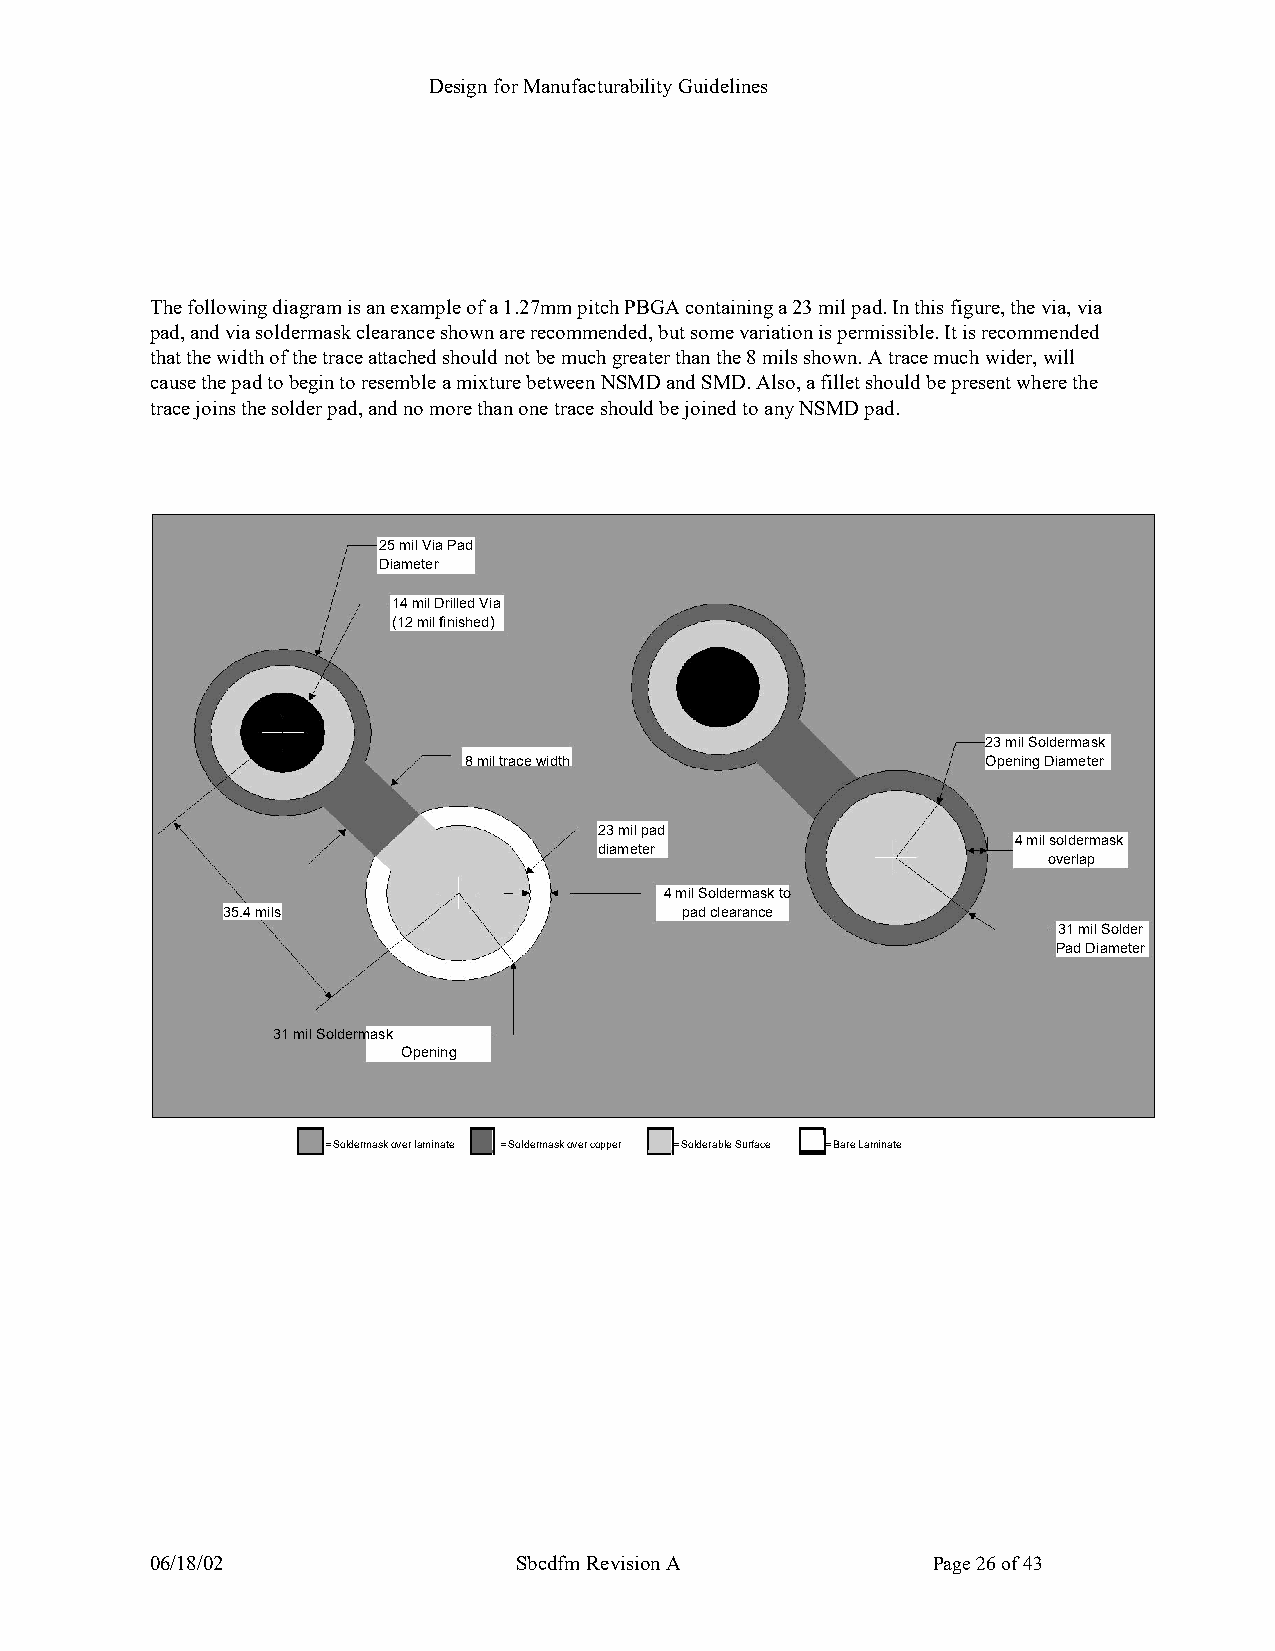
Design for Manufacturability Guidelines
 The following diagram is an example of a 1.27mm pitch PBGA containing a 23 mil pad. In this figure, the via, via
 pad, and via soldermask clearance shown are recommended, but some variation is permissible. It is recommended
 that the width of the trace attached should not be much greater than the 8 mils shown. A trace much wider, will
 cause the pad to begin to resemble a mixture between NSMD and SMD. Also, a fillet should be present where the
 trace joins the solder pad, and no more than one trace should be joined to any NSMD pad.
 25 mil Via Pad
 Diameter
 14 mil Drilled Via
 (12 mil finished)
 23 mil Soldermask
 8 mil trace width                 Opening Diameter
 2 d3
 ia
 mm eil tp ea
 r
 d
 4 mil os vo eld re lar pm ask
 4 mil Soldermask to
 35.4 mils                     pad clearance
 31 mil Sold er
 Pad Diameter
 31 mil Soldermask
 Opening
 = Soldermask over laminate = Soldermask over copper = Solderable Surface = Bare Laminate
 06/18/02                Sbcdfm Revision A           Page 26 of 43